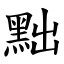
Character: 黜